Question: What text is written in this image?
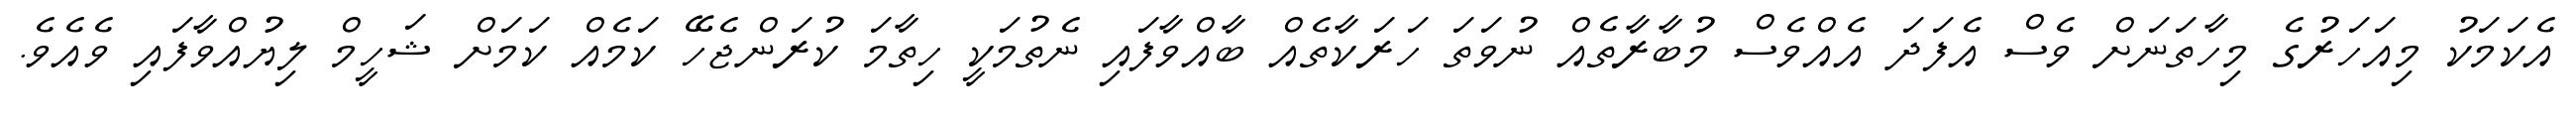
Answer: އެކަމަކު މިއަހަރުގެ މިހާތަނަށް ވެސް އެފަދަ އެއްވެސް މުބާރާތެއް ނުވަތަ ހަރަކާތެއް ބާއްވާފައި ނެތުމަކީ ހިތާމަ ކުރަންޖެހޭ ކަމެއް ކަމަށް ޝަހީމް ލިޔުއްވާފައި ވެއެވެ.